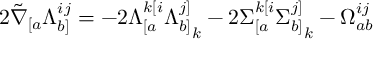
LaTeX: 2 \tilde { \nabla } _ { [ a } \Lambda _ { b ] } ^ { i j } = - 2 \Lambda _ { [ a } ^ { k [ i } { \Lambda _ { b ] } ^ { j ] } } _ { k } - 2 { \Sigma _ { [ a } ^ { k [ i } } { \Sigma _ { b ] } ^ { j ] } } _ { k } - \Omega _ { a b } ^ { i j }